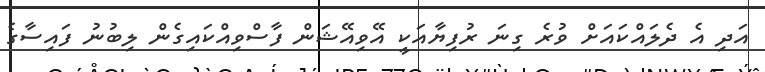
އަދި އެ ދެލައްކައަށް ވުރެ ގިނަ ރުފިޔާއަކީ އޭވިއޭޝަން ފާސްވިއްކައިގެން ލިބުނު ފައިސާގެ